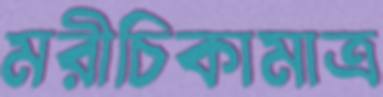
মরীচিকামাত্র